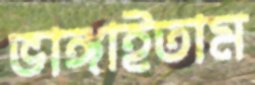
ভাঙ্গাইতাম